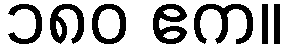
၁၈၀ ဧက။